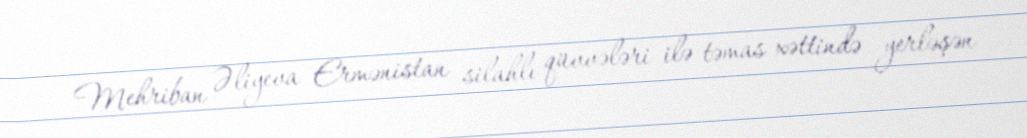
Mehriban Əliyeva Ermənistan silahlı qüvvələri ilə təmas xəttində yerləşən